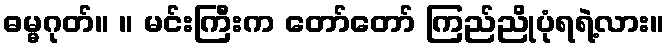
ဓမ္မဂုတ်။ ။ မင်းကြီးက တော်တော် ကြည်ညိုပုံရရဲ့လား။